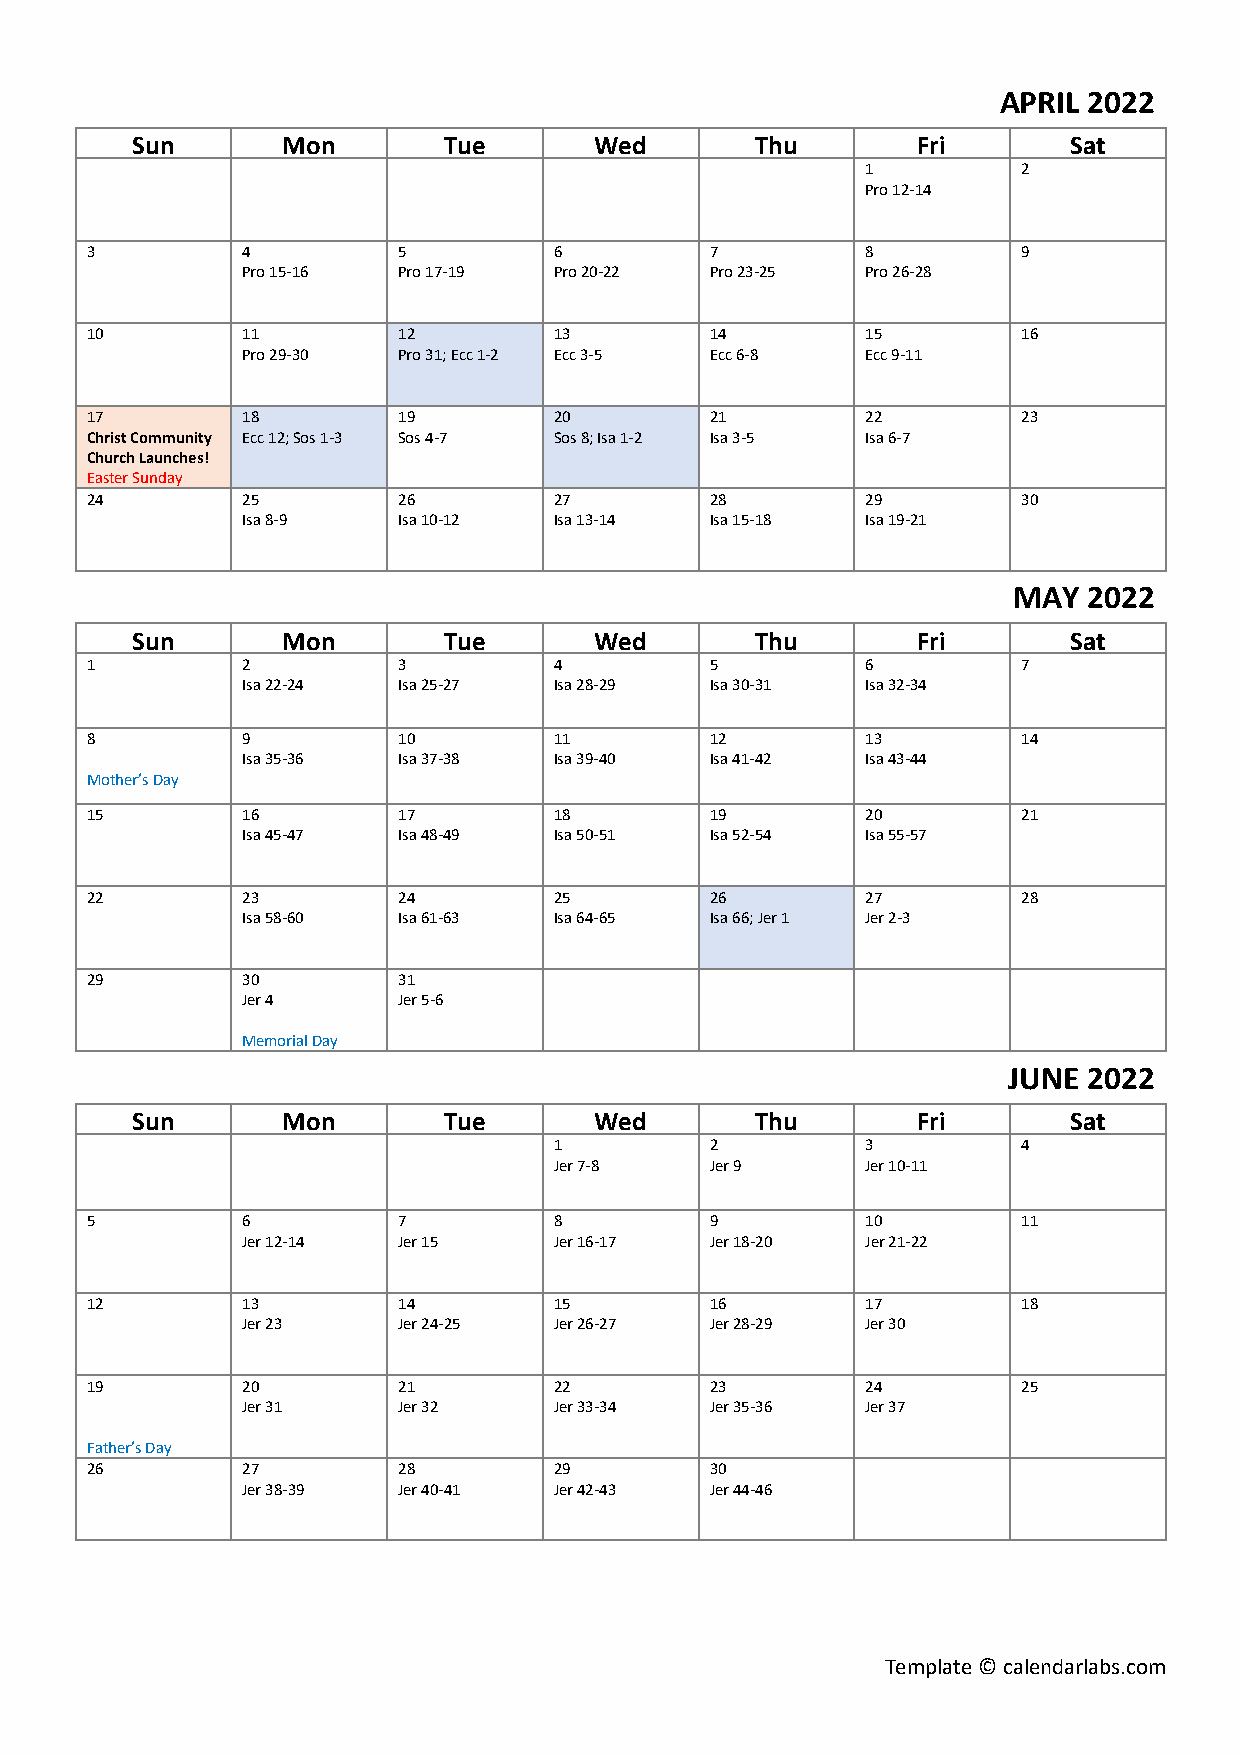
APRIL 2022
 Sun       Mon       Tue       Wed        Thu        Fri       Sat
 1          2
 Pro 12-14
 3         4         5          6         7         8          9
 Pro 15-16 Pro 17-19  Pro 20-22 Pro 23-25 Pro 26-28
 10        11        12         13        14        15         16
 Pro 29-30 Pro 31; Ecc 1-2 Ecc 3-5 Ecc 6-8 Ecc 9-11
 17        18        19         20        21        22         23
 Christ Community Ecc 12; Sos 1-3 Sos 4-7 Sos 8; Isa 1-2 Isa 3-5 Isa 6-7
 Church Launches!
 Easter Sunday
 24        25        26         27        28        29         30
 Isa 8-9   Isa 10-12  Isa 13-14 Isa 15-18 Isa 19-21
 MAY  2022
 Sun       Mon       Tue       Wed        Thu        Fri       Sat
 1         2         3          4         5         6          7
 Isa 22-24 Isa 25-27  Isa 28-29 Isa 30-31 Isa 32-34
 8         9         10         11        12        13         14
 Isa 35-36 Isa 37-38  Isa 39-40 Isa 41-42 Isa 43-44
 Mother’s Day
 15        16        17         18        19        20         21
 Isa 45-47 Isa 48-49  Isa 50-51 Isa 52-54 Isa 55-57
 22        23        24         25        26        27         28
 Isa 58-60 Isa 61-63  Isa 64-65 Isa 66; Jer 1 Jer 2-3
 29        30        31
 Jer 4     Jer 5-6
 Memorial Day
 JUNE 2022
 Sun       Mon       Tue       Wed        Thu        Fri       Sat
 1         2         3          4
 Jer 7-8   Jer 9     Jer 10-11
 5         6         7          8         9         10         11
 Jer 12-14 Jer 15     Jer 16-17 Jer 18-20 Jer 21-22
 12        13        14         15        16        17         18
 Jer 23    Jer 24-25  Jer 26-27 Jer 28-29 Jer 30
 19        20        21         22        23        24         25
 Jer 31    Jer 32     Jer 33-34 Jer 35-36 Jer 37
 Father’s Day
 26        27        28         29        30
 Jer 38-39 Jer 40-41  Jer 42-43 Jer 44-46
 Template © calendarlabs.com